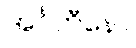
အင်္ဂဟီနော